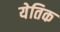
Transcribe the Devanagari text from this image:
येतिक